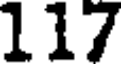
117